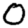
Digit: 0